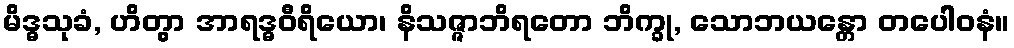
မိဒ္ဓသုခံ, ဟိတွာ အာရဒ္ဓဝီရိယော၊ နိသဇ္ဇာဘိရတော ဘိက္ခု, သောဘယန္တော တပေါဝနံ။